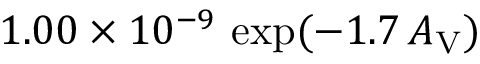
1 . 0 0 \times 1 0 ^ { - 9 } \, \exp ( - 1 . 7 \, A _ { \mathrm { V } } )